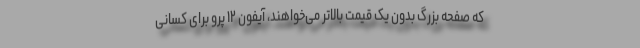
که صفحه بزرگ بدون یک قیمت بالاتر می‌خواهند، آیفون ۱۲ پرو برای کسانی